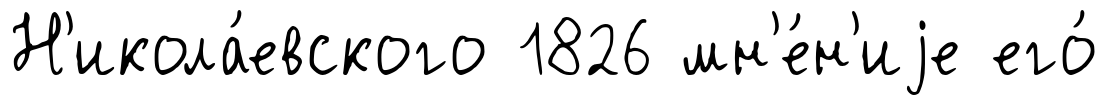
Н'икола́евского 1826 мн'е́н'иjе его́